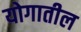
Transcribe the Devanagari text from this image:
योगातील